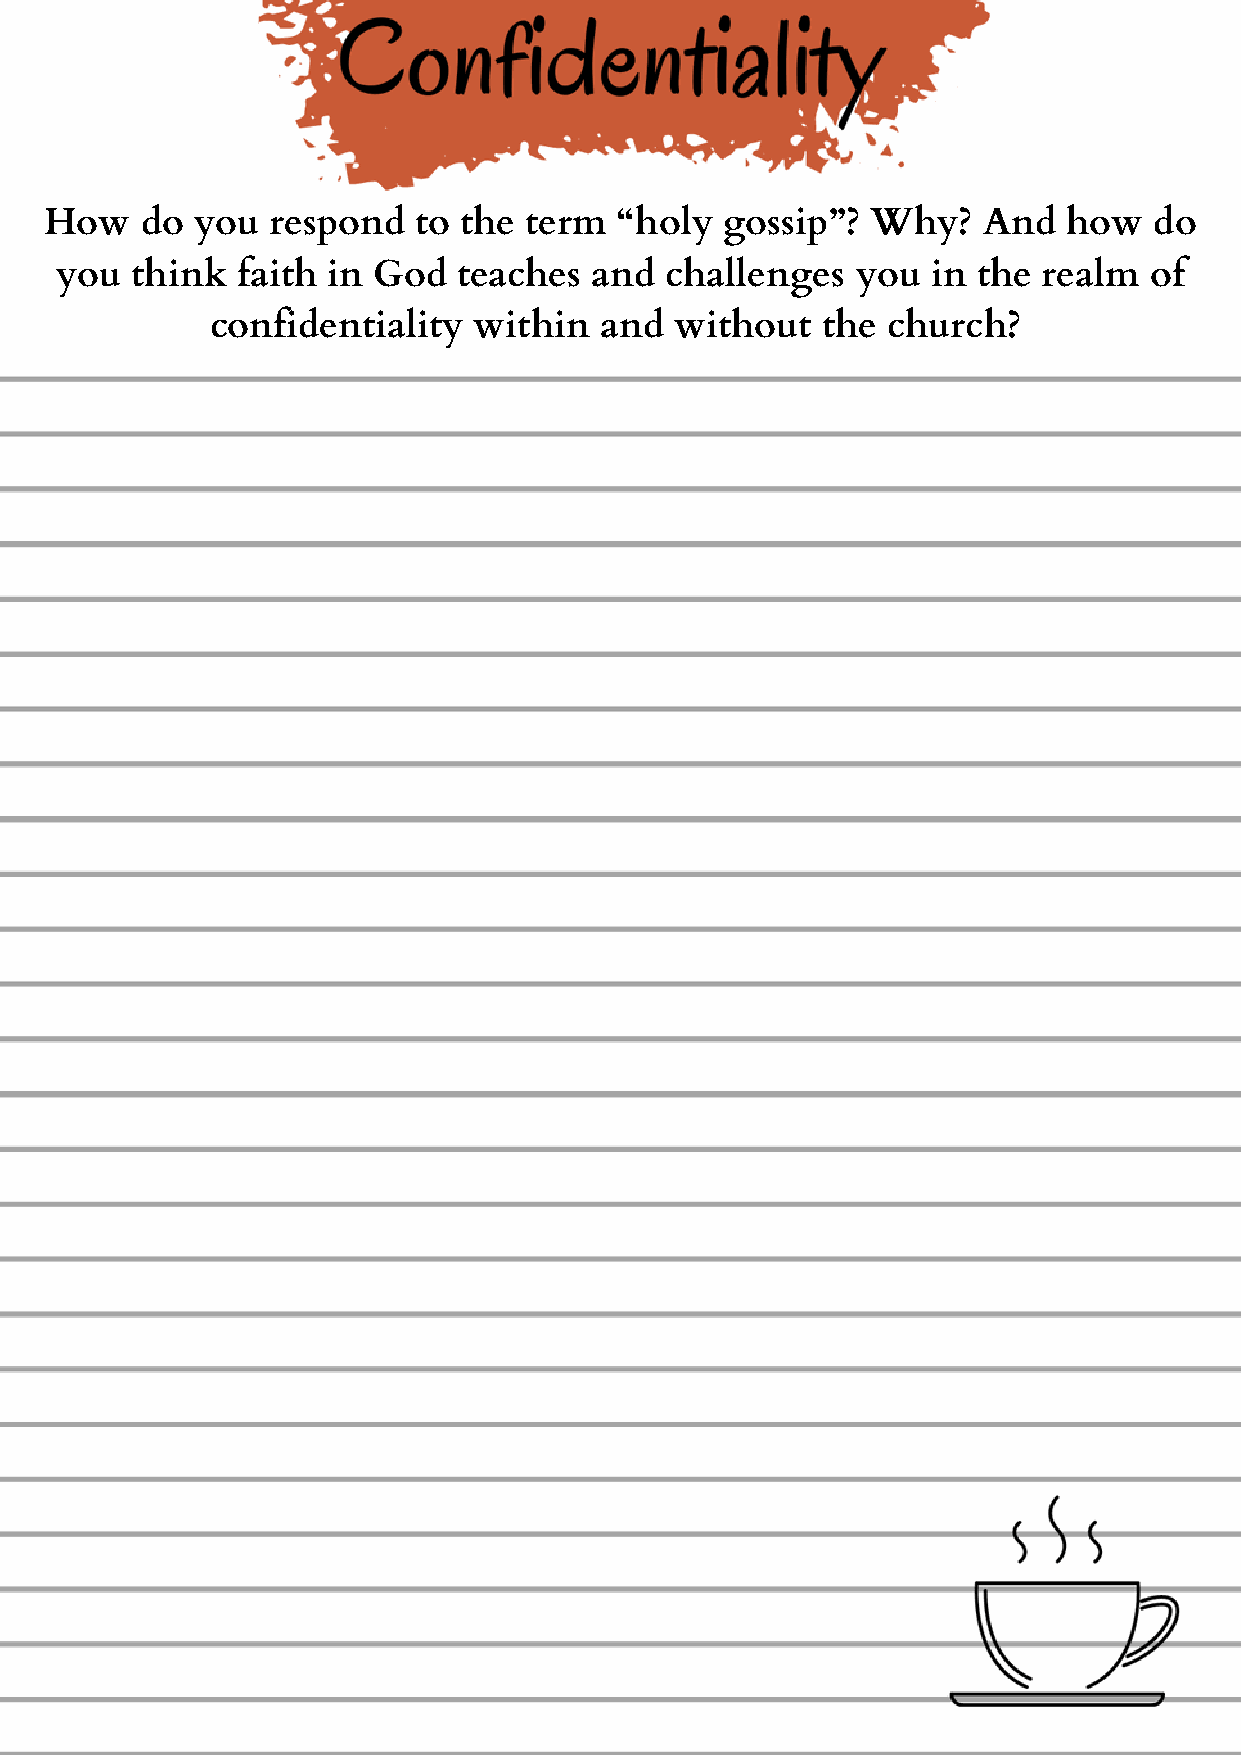
How   do  you  respond   to the term  “holy  gossip”?  Why?   And   how  do
 you  think  faith in God  teaches  and  challenges   you  in the realm  of
 confidentiality  within   and  without  the  church?